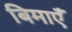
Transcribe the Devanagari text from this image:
बिमाएँ